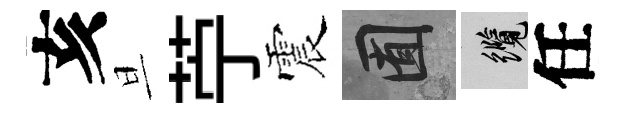
亥旦苧震囿纜任